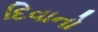
દિવાનો